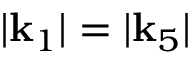
| \mathbf { k } _ { 1 } | = | \mathbf { k } _ { 5 } |